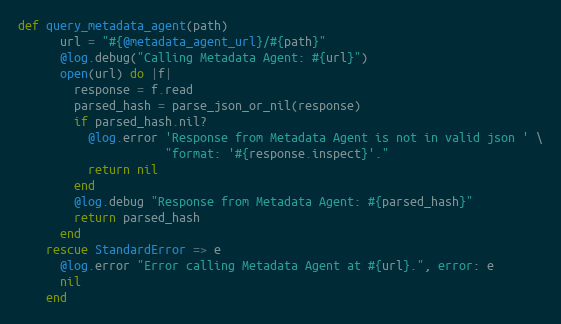
Language: Ruby
def query_metadata_agent(path)
      url = "#{@metadata_agent_url}/#{path}"
      @log.debug("Calling Metadata Agent: #{url}")
      open(url) do |f|
        response = f.read
        parsed_hash = parse_json_or_nil(response)
        if parsed_hash.nil?
          @log.error 'Response from Metadata Agent is not in valid json ' \
                     "format: '#{response.inspect}'."
          return nil
        end
        @log.debug "Response from Metadata Agent: #{parsed_hash}"
        return parsed_hash
      end
    rescue StandardError => e
      @log.error "Error calling Metadata Agent at #{url}.", error: e
      nil
    end